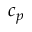
c _ { p }